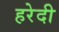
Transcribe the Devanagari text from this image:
हरेदी